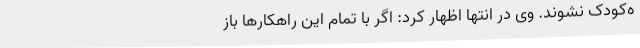
ه‌کودک نشوند. وی در انتها اظهار کرد: اگر با تمام این راهکارها باز